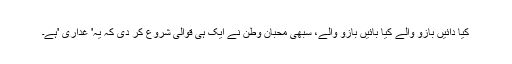
کیا دائیں بازو والے کیا بائیں بازو والے، سبھی محبان وطن نے ایک ہی قوالی شروع کر دی کہ یہ' غداری 'ہے۔